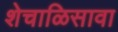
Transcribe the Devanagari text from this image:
शेचाळिसावा